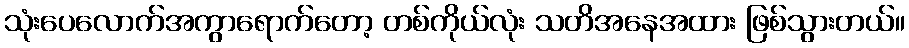
သုံးပေလောက်အကွာရောက်တော့ တစ်ကိုယ်လုံး သတိအနေအထား ဖြစ်သွားတယ်။